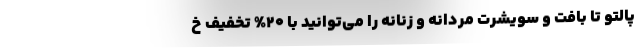
پالتو تا بافت و سویشرت مردانه و زنانه را می‌توانید با 20% تخفیف خ